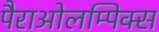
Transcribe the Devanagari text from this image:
पैराओलम्पिक्स